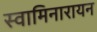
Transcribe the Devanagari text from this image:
स्वामिनारायन